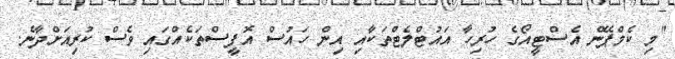
"މި ކެމްޕޭން އެސްޓީއޯގެ ހުރިހާ އައުޓްލެޓްތަކާއި އިން ހައުސް އޮފީސްތަކެއްގައި ވެސް ކުރިއަށްދާނެ.